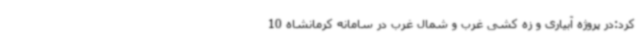
کرد:در پروژه آبیاری و زه کشی غرب و شمال غرب در سامانه کرمانشاه 10